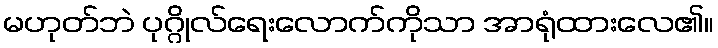
မဟုတ်ဘဲ ပုဂ္ဂိုလ်ရေးလောက်ကိုသာ အာရုံထားလေ၏။